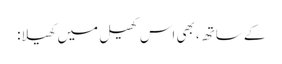
کے ساتھ، بھی اس کھیل میں کھیلا: